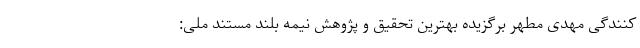
کنندگی مهدی مطهر برگزیده بهترین تحقیق و پژوهش نیمه بلند مستند ملی: